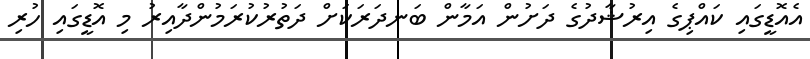
އެއޮޑީގައި ކައްޕިގެ އިރުޝާދުގެ ދަށުން އަމާން ބަނދަރަކަށް ދަތުރުކުރަމުންދާއިރު މި އޮޑީގައި ހުރި